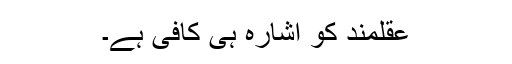
عقلمند کو اشارہ ہی کافی ہے۔